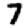
Digit: 7